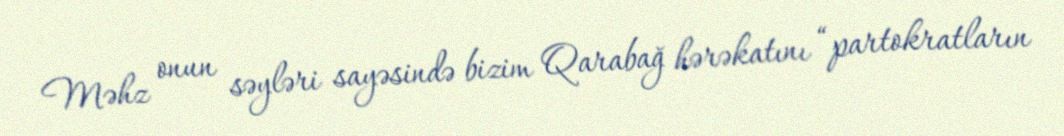
Məhz onun səyləri sayəsində bizim Qarabağ hərəkatını “partokratların